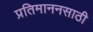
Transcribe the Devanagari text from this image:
प्रतिमाननसाठी